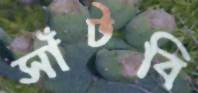
সাঁটবি